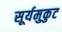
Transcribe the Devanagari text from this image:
सूर्यमुकुट